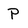
Character: P